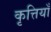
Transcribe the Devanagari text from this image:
कृत्तियाँ